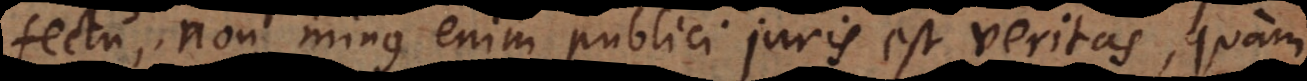
fectu, non minus enim publici juris est veritas, quam